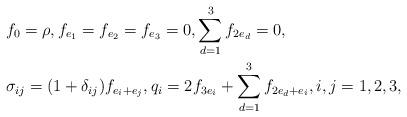
LaTeX: \begin{align*} \begin{aligned} & f_0 = \rho, f_{e_1} = f_{e_2} = f_{e_3} = 0, \sum_{d=1}^3 f_{2e_d} = 0, \\ & \sigma_{ij} = (1+\delta_{ij}) f_{e_i+e_j}, q_i = 2 f_{3e_i} + \sum_{d=1}^3 f_{2e_d+e_i}, i,j=1,2,3,\end{aligned}\end{align*}